Medical and sanitary report of the native army of Bengal for the year
Year: 1877
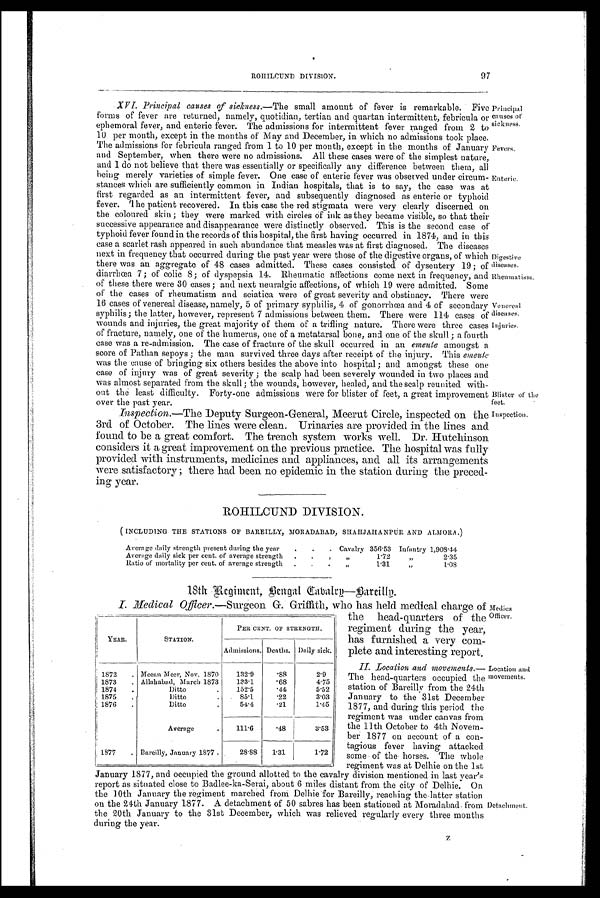
Principal
causes of
sickness.
Fevers,
Digestive
diseases.
Rheumatism.
Venereal
diseases.
Injuries.
Blister of the
feet.
Inspection.
97
ROHILCUND DIVISION.
XVI. Principal causes of sickness.— The small amount of fever is remarkable. Five
forms of fever are returned, namely, quotidian, tertian and quartan intermittent, febricula or
ephemoral fever, and enteric fever. The admissions for intermittent fever ranged from 2 to
10 per month, except in the months of May and December, in which no admissions took place.
The admissions for febricula ranged from 1 to 10 per month, except in the months of January
and September, when there were no admissions. All these cases were of the simplest nature,
and I do not believe that there was essentially or specifically any difference between them, all
being merely varieties of simple fever. One case of enteric fever was observed under circum-
stances which are sufficiently common in Indian hospitals, that is to say, the case was at
first regarded as an intermittent fever, and subsequently diagnosed as enteric or typhoid
fever. The patient recovered. In this case the red stigmata were very clearly discerned on
the coloured skin ; they were marked with circles of ink as they became visible, so that their
successive appearance and disappearance were distinctly observed. This is the second case of
typhoid fever found in the records of this hospital, the first having occurred in 1874, and in this
case a scarlet rash appeared in such abundance that measles was at first diagnosed. The diseases
next in frequency that occurred during the past year were those of the digestive organs, of which
there was an aggregate of 48 cases admitted. These cases consisted of dysentery 19 ; of
diarrhœa 7; of colic 8; of dyspepsia 14. Rheumatic affections come next in frequency, and
of these there were 30 cases ; and next neuralgic affections, of which 19 were admitted. Some
of the cases of rheumatism and sciatica were of great severity and obstinacy. There were
16 cases of venereal disease, namely, 5 of primary syphilis, 4 of gonorrhœa and 4 of secondary
syphilis; the latter, however, represent 7 admissions between them. There were 114 cases of
wounds and injuries, the great majority of them of' a trifling nature. There were three cases
of fracture, namely, one of the humerus, one of a metatarsal bone, and one of the skull ; a fourth
case was a re-admission. The case of fracture of the skull occurred in an emeute amongst a
score of Pathan sepoys ; the man survived three days after receipt of the injury. This emeute
was the cause of bringing six others besides the above into hospital ; and amongst these one
case of injury was of great severity ; the scalp had been severely wounded in two places and
was almost separated from the skull ; the wounds, however, healed, and the scalp reunited with-
out the least difficulty. Forty-one admissions were for blister of feet, a great improvement
over the past year.
Inspection.—The Deputy Surgeon-General, Meerut Circle, inspected on the
3rd of October. The lines were clean. Urinaries are provided in the lines and
found to be a great comfort. The trench system works well. Dr. Hutchinson
considers it a great improvement on the previous practice. The hospital was fully
provided with instruments, medicines and appliances, and all its arrangements
were satisfactory ; there had been no epidemic in the station during the preced-
ing year.
Enteric.
ROHILCUND DIVISION.
( INCLUDING THE STATIONS OF BAREILLY, MORADABAD, SHAILTAHANPUR AND ALMORA.)
Average daily strength present during the year
.
.
. Cavalry 356.53 Infantry 1,908.44
Average daily sick per cent. of average strength
.
.
,
„
1.72
„
2.35
Ratio of mortality per cent. of average strength
.
.
.
,,
1.31
,,
1.08
18th Re giment, Bengal Cavalry—Bareilly .
I. Me dical Officer.—Surgeon G. Griffith, who has held medical charge of
the head-quarters of the
regiment during the year,
has furnished a very com-
plete and interesting report.
II. Location and movements.—
The head-quarters occupied the
station of Bareilly from the 24th
January to the 31st December
1877, and during this period the
regiment was under canvas from
the 11th October to 4th Novem-
ber 1877 on account of a con-
tagious fever having attacked
some of the horses. The whole
regiment was at Delhie on the 1st
January 1877, and occupied the ground allotted to the cavalry division mentioned in last year
' s as situated close to Badlee-ka-Serai, about 6 miles distant from the city of Delhie. On
the 10th January the regiment marched from Delhie for Bareilly, reaching the latter station
on the 24th January 1877. A detachment of 50 sabres has been stationed at Moradabad from
the 20th January to the 31st December, which was relieved regularly every three months
during the year.
z
YEAR.
STATION.
PER CENT. OF STRENGTH.
Admissions. Deaths. Daily sick.
1872
. Meean Meer, Nov. 1870
132.9
.88
2.9
1873
. Allahabad, March 1873
123.1
.68
4.75
1874
.
Ditto
.
152.5
.44
5.52
1875
.
Ditto
.
. 85.1
.22
3.03
1876
.
Ditto
54.4
.21
1.45
Average
,
111.6
.48
3.53
1877
. Bareilly, January 1877 .
28.88
1.31
1.72
Medical
Officer.
Location and
movements.
Detachment.